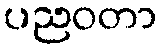
ပညဝတာ